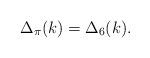
LaTeX: \begin{align*}\Delta_{\pi}(k) = \Delta_{6}(k). \end{align*}